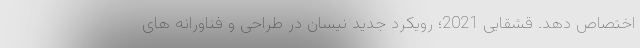
اختصاص دهد. قشقایی 2021؛ رویکرد جدید نیسان در طراحی و فناورانه های